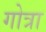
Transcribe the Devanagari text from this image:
गोत्रा